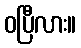
ဝပြီလား။